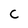
Character: c